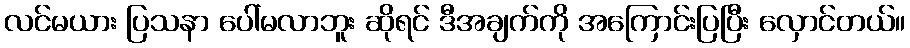
လင်မယား ပြသနာ ပေါ်မလာဘူး ဆိုရင် ဒီအချက်ကို အကြောင်းပြပြီး လှောင်တယ်။